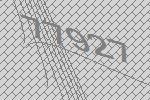
77927